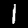
Label: 1